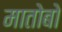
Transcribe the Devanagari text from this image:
मातोबो